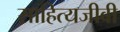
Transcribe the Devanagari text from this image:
साहित्यजीवी